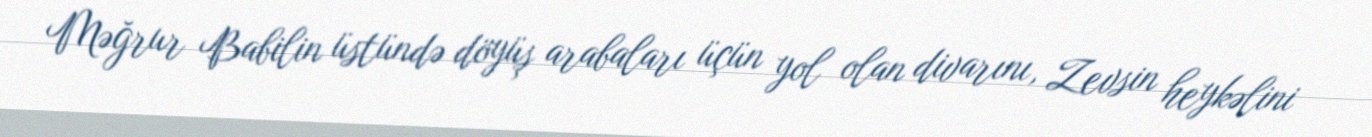
Məğrur Babilin üstündə döyüş arabaları üçün yol olan divarını, Zevsin heykəlini